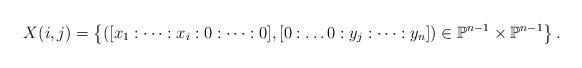
LaTeX: \begin{align*}X(i,j) =\left\{ \left( [x_1: \dots :x_i:0: \dots :0], [0: \dots 0: y_j : \dots : y_n] \right) \in \mathbb{P}^{n-1} \times \mathbb{P}^{n-1} \right\} .\end{align*}